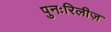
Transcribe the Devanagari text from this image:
पुनःरिलीज़